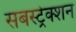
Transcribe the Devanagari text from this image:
सबस्ट्रेक्शन